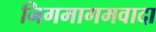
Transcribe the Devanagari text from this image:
निगमागमवादा